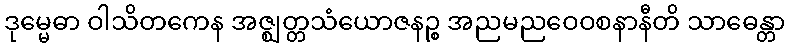
ဒုမ္မေဓာ ဝါသိတကေန အဇ္ဈတ္တသံယောဇနဉ္စ အညမညဝေဝစနာနီတိ သာဓေန္တာ